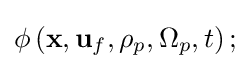
\phi \left(\mathbf {x} ,\mathbf {u} _{f},\rho _{p},\Omega _{p},t\right);